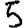
Digit: 5